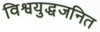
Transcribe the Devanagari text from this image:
विश्वयुद्धजनित